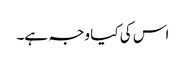
اس کی کیا وجہ ہے۔